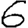
Digit: 6